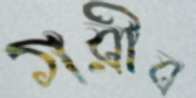
গরীব